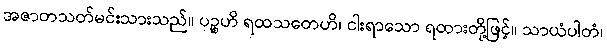
အဇာတသတ်မင်းသားသည်။ ပဉ္စဟိ ရထသတေဟိ၊ ငါးရာသော ရထားတို့ဖြင့်။ သာယံပါတံ၊